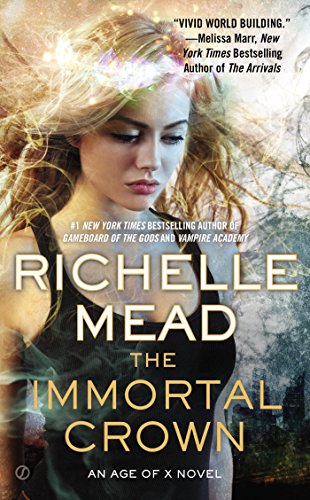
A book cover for The Immortal Crown: An Age of X Novel; Richelle Mead; Romance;